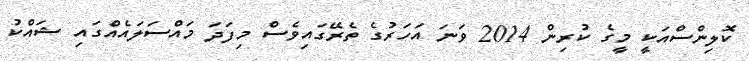
ކޮލިންސްއަކީ މީގެ ކުރިން 2014 ވަނަ އަހަރުގެ ތެރޭގައިވެސް މިފަދަ މައްސަލައެއްގައި ޝައްކު